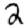
Digit: 2